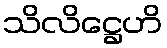
သိလိဋ္ဌေဟိ